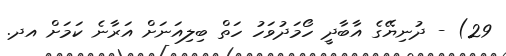
29) - ދުނިޔޭގެ އާބާދީ ހޯމަދުވަހު ހަތް ބިލިއަނަށް އަރާނެ ކަމަށް އދ.